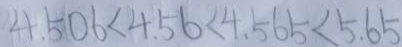
4 . 5 0 6 < 4 . 5 6 < 4 . 5 6 5 < 5 . 6 5